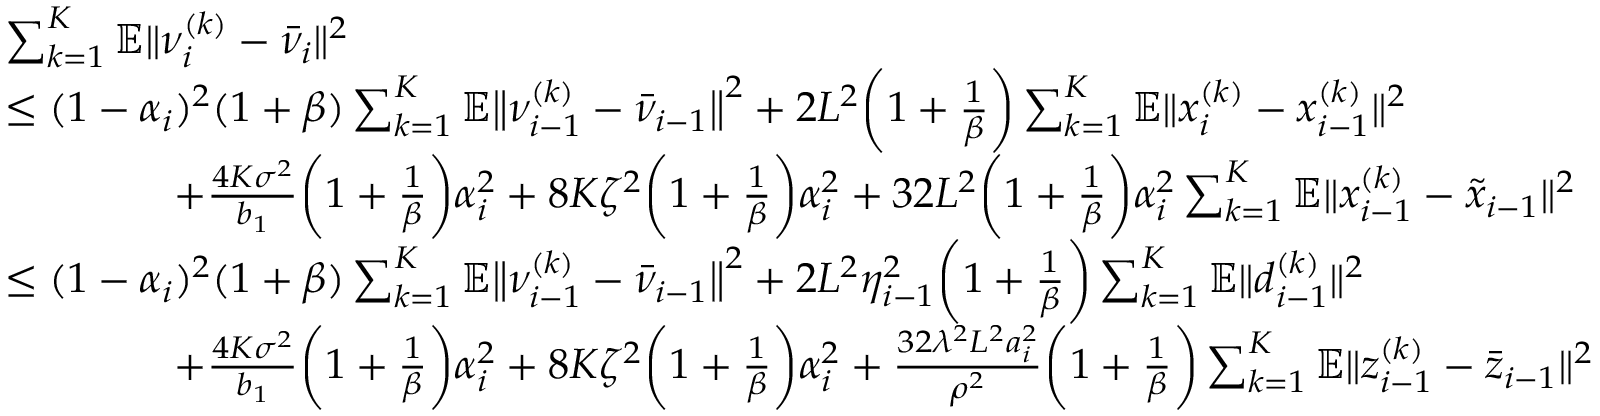
\begin{array} { r l } & { \sum _ { k = 1 } ^ { K } \mathbb { E } \| \nu _ { i } ^ { ( k ) } - \bar { \nu } _ { i } \| ^ { 2 } } \\ & { \leq ( 1 - \alpha _ { i } ) ^ { 2 } ( 1 + \beta ) \sum _ { k = 1 } ^ { K } \mathbb { E } \big \| \nu _ { i - 1 } ^ { ( k ) } - \bar { \nu } _ { i - 1 } \big \| ^ { 2 } + 2 L ^ { 2 } \bigg ( 1 + \frac { 1 } { \beta } \bigg ) \sum _ { k = 1 } ^ { K } \mathbb { E } \| x _ { i } ^ { ( k ) } - x _ { i - 1 } ^ { ( k ) } \| ^ { 2 } } \\ & { \qquad \qquad + \frac { 4 K \sigma ^ { 2 } } { b _ { 1 } } \bigg ( 1 + \frac { 1 } { \beta } \bigg ) \alpha _ { i } ^ { 2 } + 8 K \zeta ^ { 2 } \bigg ( 1 + \frac { 1 } { \beta } \bigg ) \alpha _ { i } ^ { 2 } + 3 2 L ^ { 2 } \bigg ( 1 + \frac { 1 } { \beta } \bigg ) \alpha _ { i } ^ { 2 } \sum _ { k = 1 } ^ { K } \mathbb { E } \| x _ { i - 1 } ^ { ( k ) } - \tilde { x } _ { i - 1 } \| ^ { 2 } } \\ & { \leq ( 1 - \alpha _ { i } ) ^ { 2 } ( 1 + \beta ) \sum _ { k = 1 } ^ { K } \mathbb { E } \big \| \nu _ { i - 1 } ^ { ( k ) } - \bar { \nu } _ { i - 1 } \big \| ^ { 2 } + 2 L ^ { 2 } \eta _ { i - 1 } ^ { 2 } \bigg ( 1 + \frac { 1 } { \beta } \bigg ) \sum _ { k = 1 } ^ { K } \mathbb { E } \| d _ { i - 1 } ^ { ( k ) } \| ^ { 2 } } \\ & { \qquad \qquad + \frac { 4 K \sigma ^ { 2 } } { b _ { 1 } } \bigg ( 1 + \frac { 1 } { \beta } \bigg ) \alpha _ { i } ^ { 2 } + 8 K \zeta ^ { 2 } \bigg ( 1 + \frac { 1 } { \beta } \bigg ) \alpha _ { i } ^ { 2 } + \frac { 3 2 \lambda ^ { 2 } L ^ { 2 } a _ { i } ^ { 2 } } { \rho ^ { 2 } } \bigg ( 1 + \frac { 1 } { \beta } \bigg ) \sum _ { k = 1 } ^ { K } \mathbb { E } \| z _ { i - 1 } ^ { ( k ) } - \bar { z } _ { i - 1 } \| ^ { 2 } } \end{array}